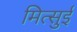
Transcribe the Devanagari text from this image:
मित्‍सुई